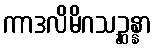
ကာဒလိမိဂသဉ္ဆန္နာ